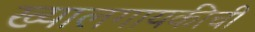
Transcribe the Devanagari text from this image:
ख्यालगायकीची